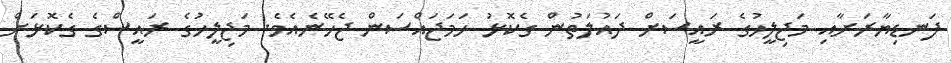
ފަނޑިޔާރަށާއި މަޖިލީހުގެ ރައީސަށް ދައުލަތުން ގެކޮޅު ހަމަޖައްސަން ޖެހޭނެއެވެ. މަޖިލީހުގެ ރައީސްގެ ގެކޮޅަށް